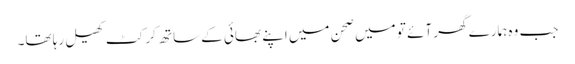
جب وہ ہمارے گھر آئے تو میں صحن میں اپنے بھائی کے ساتھ کرکٹ کھیل رہا تھا۔